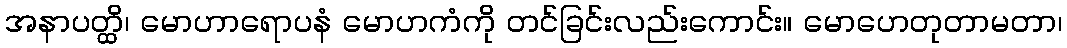
အနာပတ္ထိ၊ မောဟာရောပနံ မောဟကံကို တင်ခြင်းလည်းကောင်း။ မောဟေတုတာမတာ၊